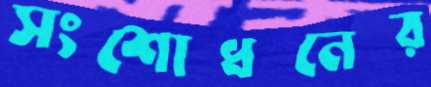
সংশোধনের